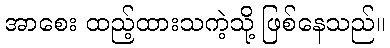
အာစေး ထည့်ထားသကဲ့သို့ ဖြစ်နေသည်။